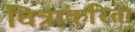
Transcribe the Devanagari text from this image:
चित्रांकरिता